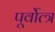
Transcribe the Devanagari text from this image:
पूर्वोत्त्र